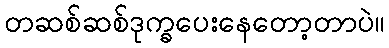
တဆစ်ဆစ်ဒုက္ခပေးနေတော့တာပဲ။